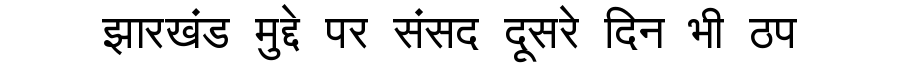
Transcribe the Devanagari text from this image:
झारखंड मुद्दे पर संसद दूसरे दिन भी ठप